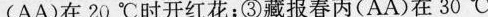
(AA)在20^{\circ}C时开红花；③藏报春丙(AA)在30^{\circ}C